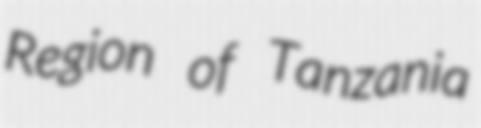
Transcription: Region of Tanzania